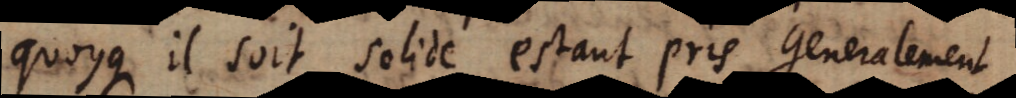
quoyque il soit solide estant pris Generalement